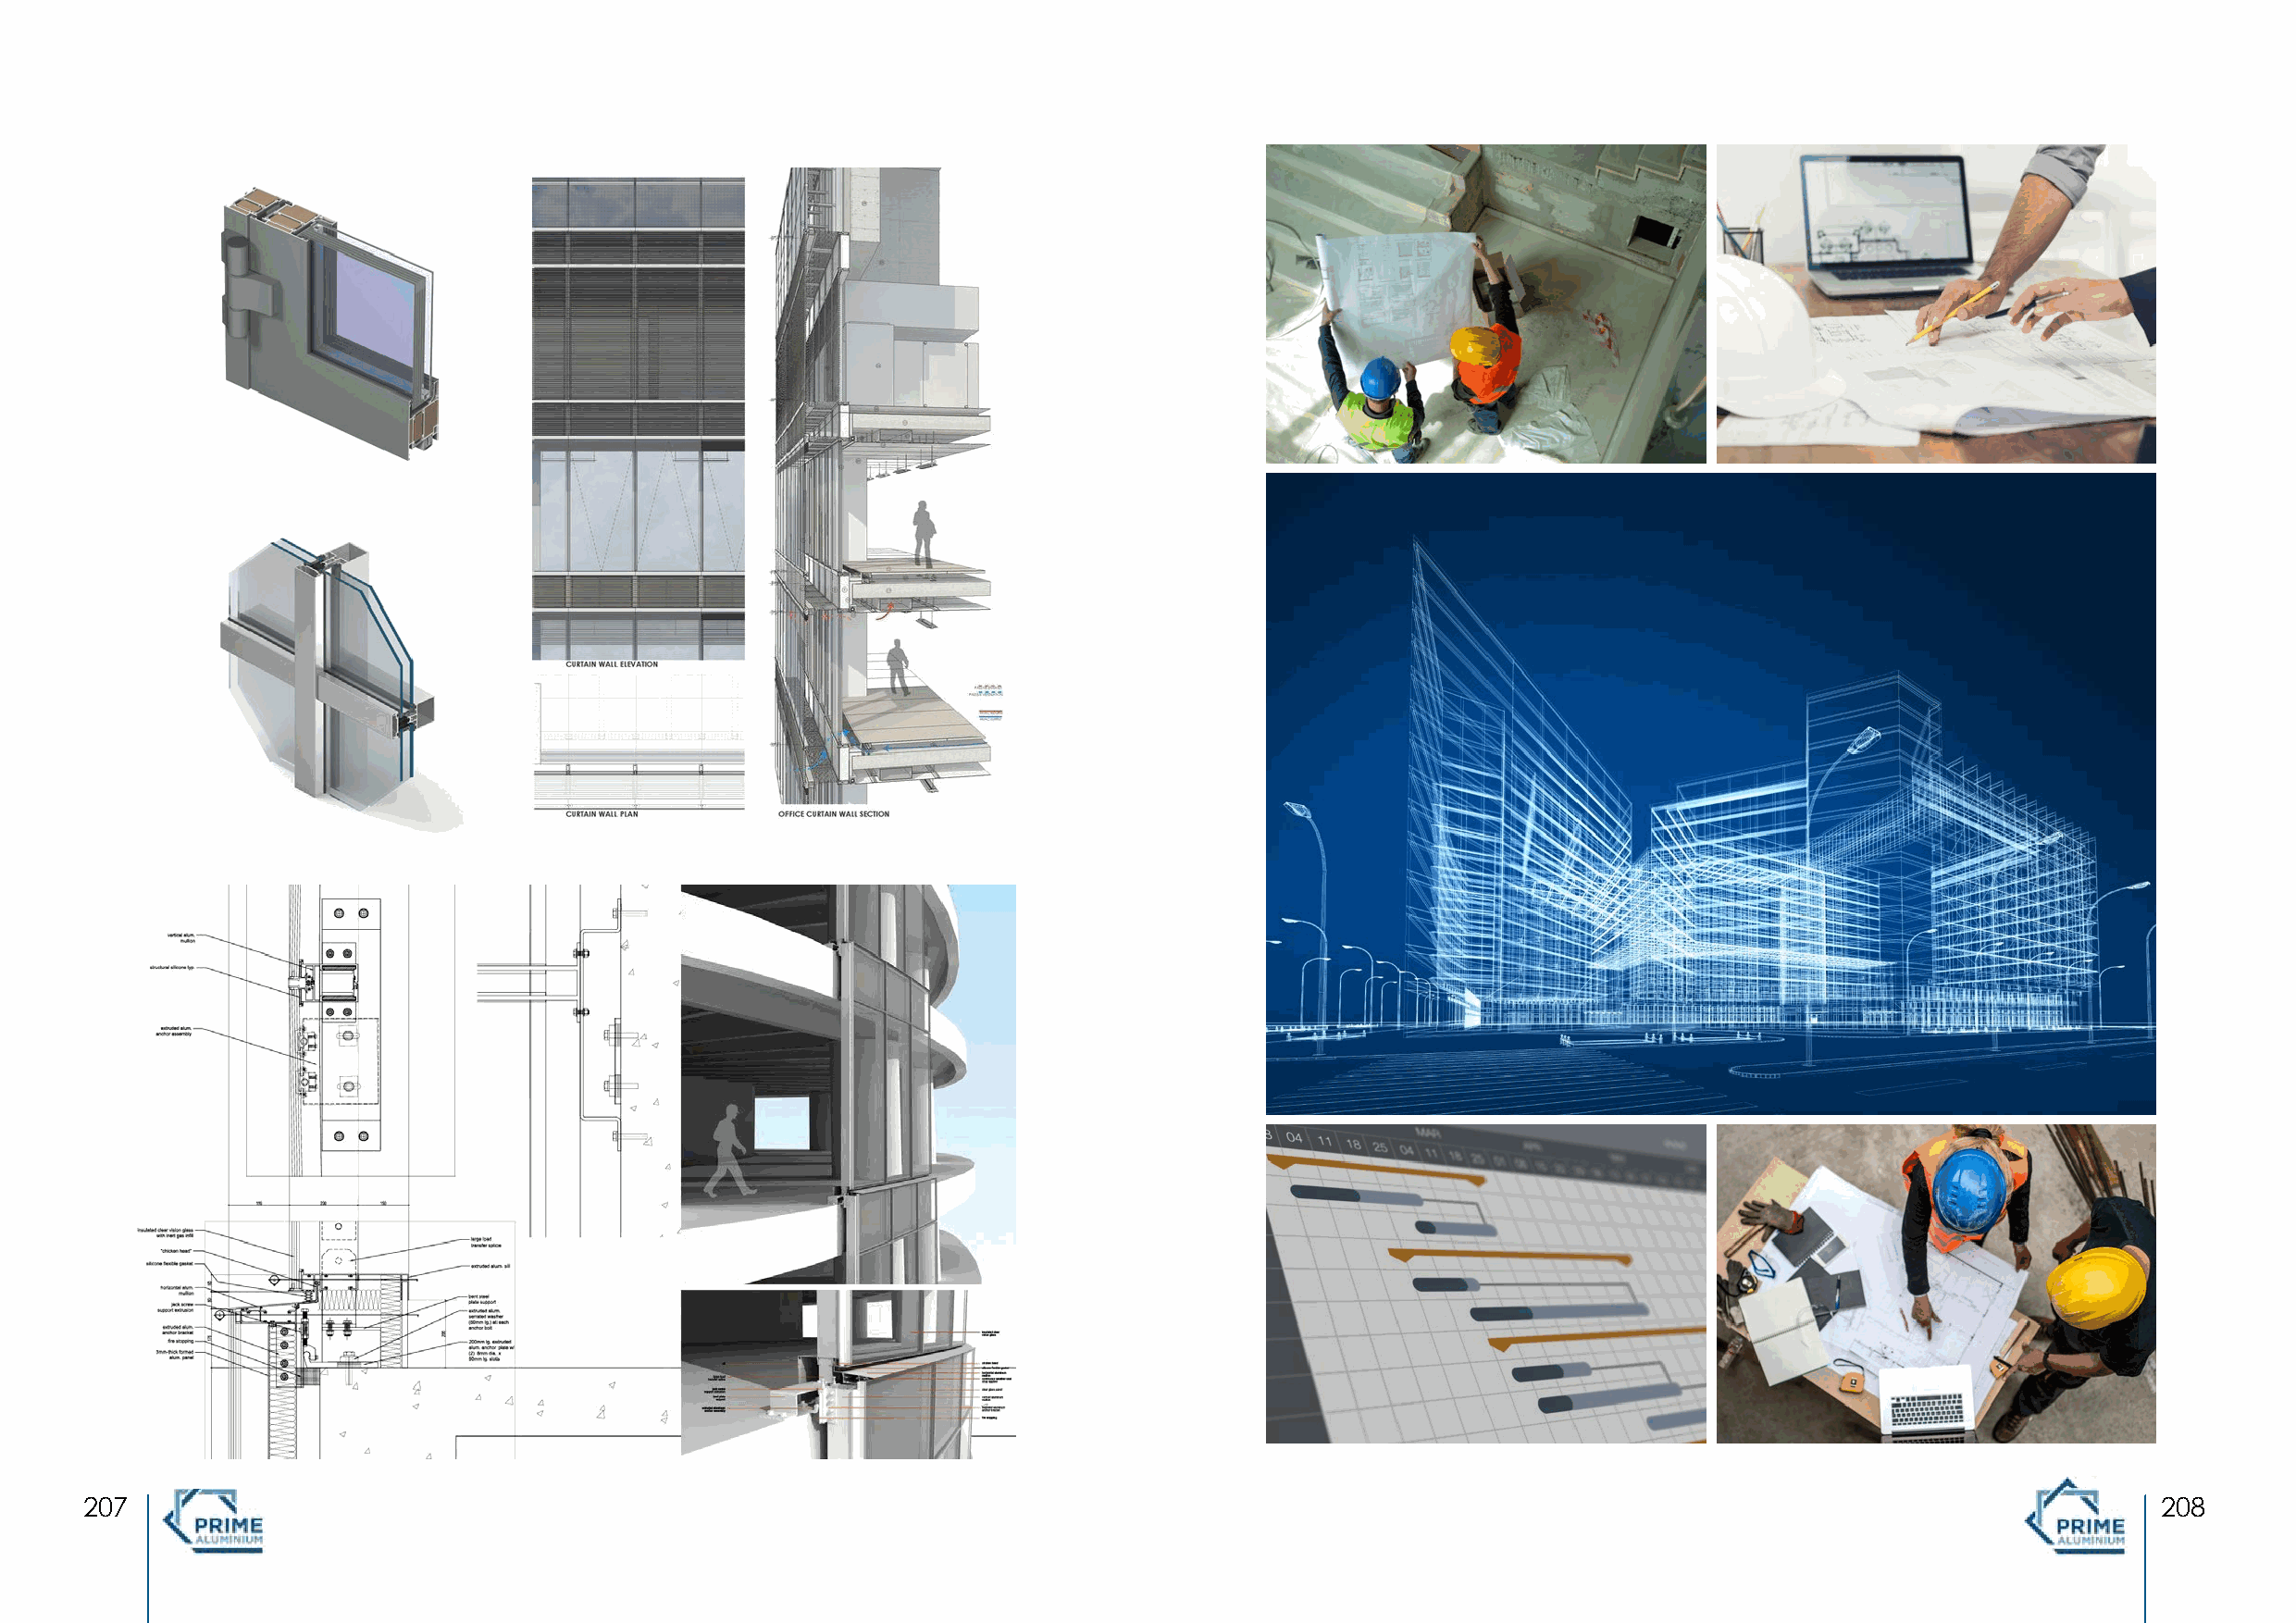
ENGINEERING                             PROJECT        MANAGEMENT
 ENGINEERING                            PROJECT         MANAGEMENT
 22607                                                                                                                                                20827
 26                                                                                                                                                     27
 PRIME
 ALUMINIUM
 PRIME
 ALUMINIUM
 MUINIMULA
 EMIRP
 MUINIMULA
 EMIRP